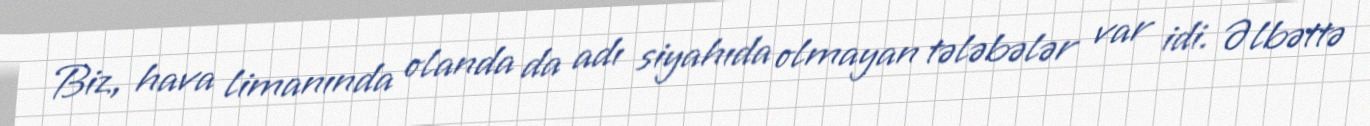
Biz, hava limanında olanda da adı siyahıda olmayan tələbələr var idi. Əlbəttə